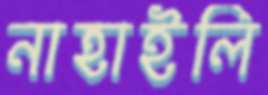
নাহাইলি